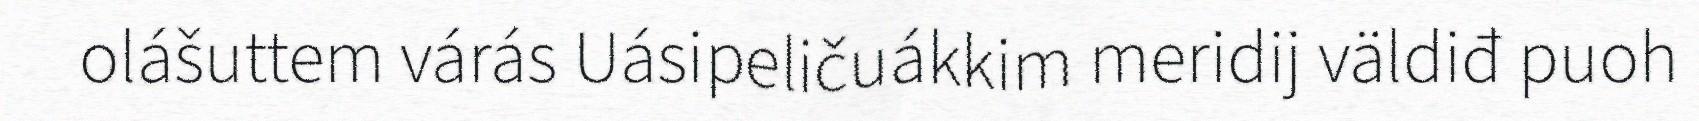
olášuttem várás Uásipeličuákkim meridij väldiđ puoh